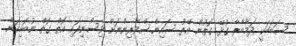
ސަބަބަކީ ދަމާބާރާ ގުޅޭ ގޮތުން އޭރު ސައިންސްވެރިންނަށް ވިސްނިފައި އޮތް ގޮތް ނުބައިކަން